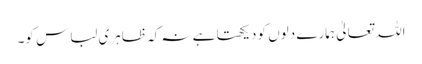
اللہ تعالیٰ ہمارے دلوں کو دیکھتا ہے نہ کہ ظاہری لباس کو۔